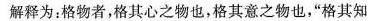
解释为：格物者，格其心之物也，格其意之物也，”格其知